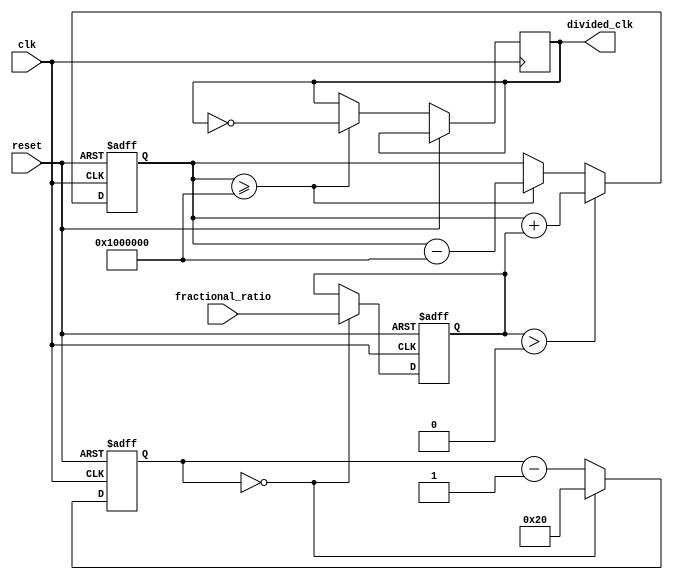
module fractional_clock_divider (
    input wire clk,
    input wire reset,
    input wire [7:0] fractional_ratio,
    output wire divided_clk
);

reg [31:0] count;
reg [7:0] divider;
reg [31:0] accumulator;

always @ (posedge clk or posedge reset) begin
    if (reset) begin
        count <= 0;
        divider <= 0;
        accumulator <= 0;
    end else begin
        if (count == 0) begin
            divider <= fractional_ratio;
            count <= 32;
        end else begin
            count <= count - 1;
        end
        
        if (accumulator >= (1 << 24)) begin
            accumulator <= accumulator - (1 << 24);
            divided_clk <= ~divided_clk;
        end
        
        if (divider > 0) begin
            accumulator <= accumulator + divider;
        end
    end
end

endmodule